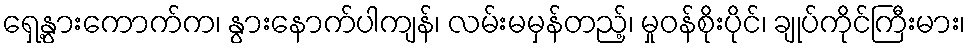
ရှေ့နွားကောက်က၊ နွားနောက်ပါကျန်၊ လမ်းမမှန်တည့်၊ မှုဝန်စိုးပိုင်၊ ချုပ်ကိုင်ကြီးမား၊